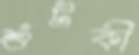
শুঁটকী